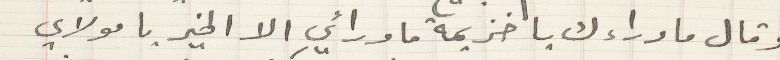
وقال ما وراءك يا خزيمة ما ورائي الا الخير يا مولاي